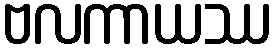
ဗလကာယဿ